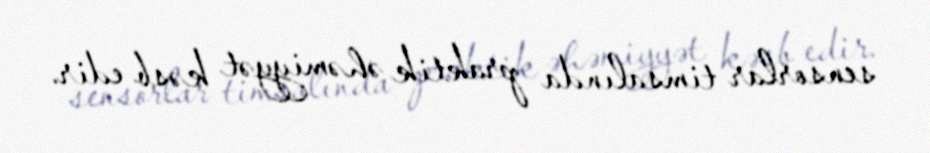
sensorlar timsalında praktik əhəmiyyət kəsb edir.